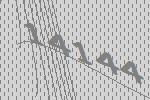
14144